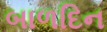
બાળદિન